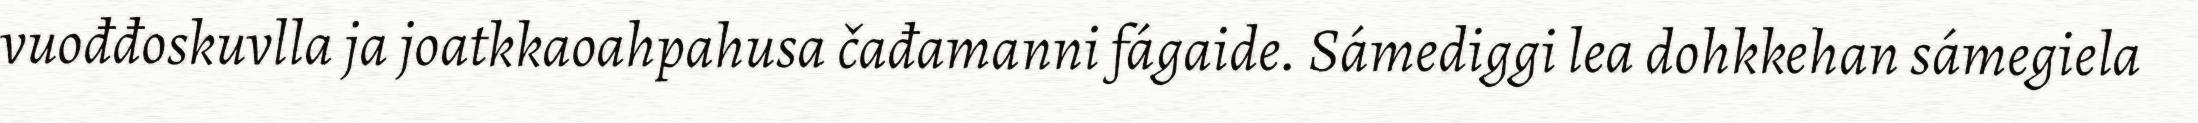
vuođđoskuvlla ja joatkkaoahpahusa čađamanni fágaide. Sámediggi lea dohkkehan sámegiela